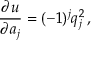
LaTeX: { \frac { \partial u } { \partial a _ { j } } } = ( - 1 ) ^ { j } q _ { j } ^ { 2 } \, ,